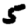
Digit: 5